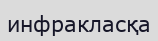
инфракласқа